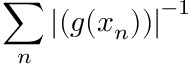
\sum _ { n } \left| \left( g ( x _ { n } ) \right) \right| ^ { - 1 }